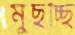
মুছচ্ছি